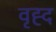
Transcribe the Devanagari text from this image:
वृह्द